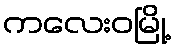
ကလေးဝမြို့